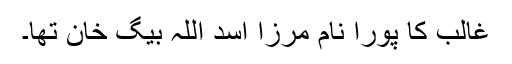
غالب کا پورا نام مرزا اسد اللہ بیگ خان تھا۔